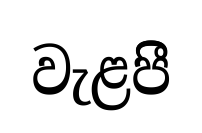
වැළපීි